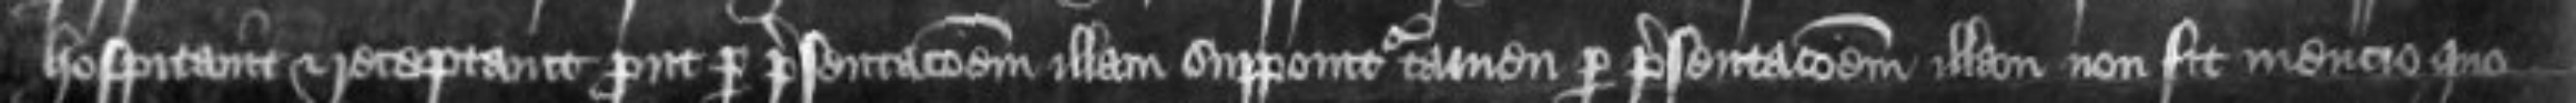
hospitavit et receptavit prout per presentacionem illam supponitur tamen per presentacionem illam non fit mencio quo